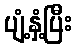
ပျံ့နှံ့ပြီး